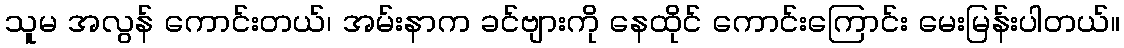
သူမ အလွန် ကောင်းတယ်၊ အမ်းနာက ခင်ဗျားကို နေထိုင် ကောင်းကြောင်း မေးမြန်းပါတယ်။